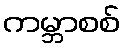
ကမ္ဘာစစ်